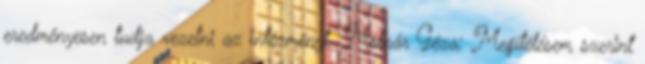
eredményesen tudja vezetni az intézményt. Molnár Géza: Megítélésem szerint